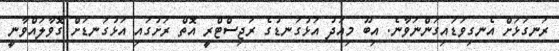
ރަނގަޅަށް އެނގިވަޑައިގަންނަވާނެ. އިބޫ މިއަދު އަޅުގަނޑުގެ ރަޖިސްޓްރީ އޮތް ރަށުގައި އަޅުގަނޑަށް ގޮވާލައްވާނީ